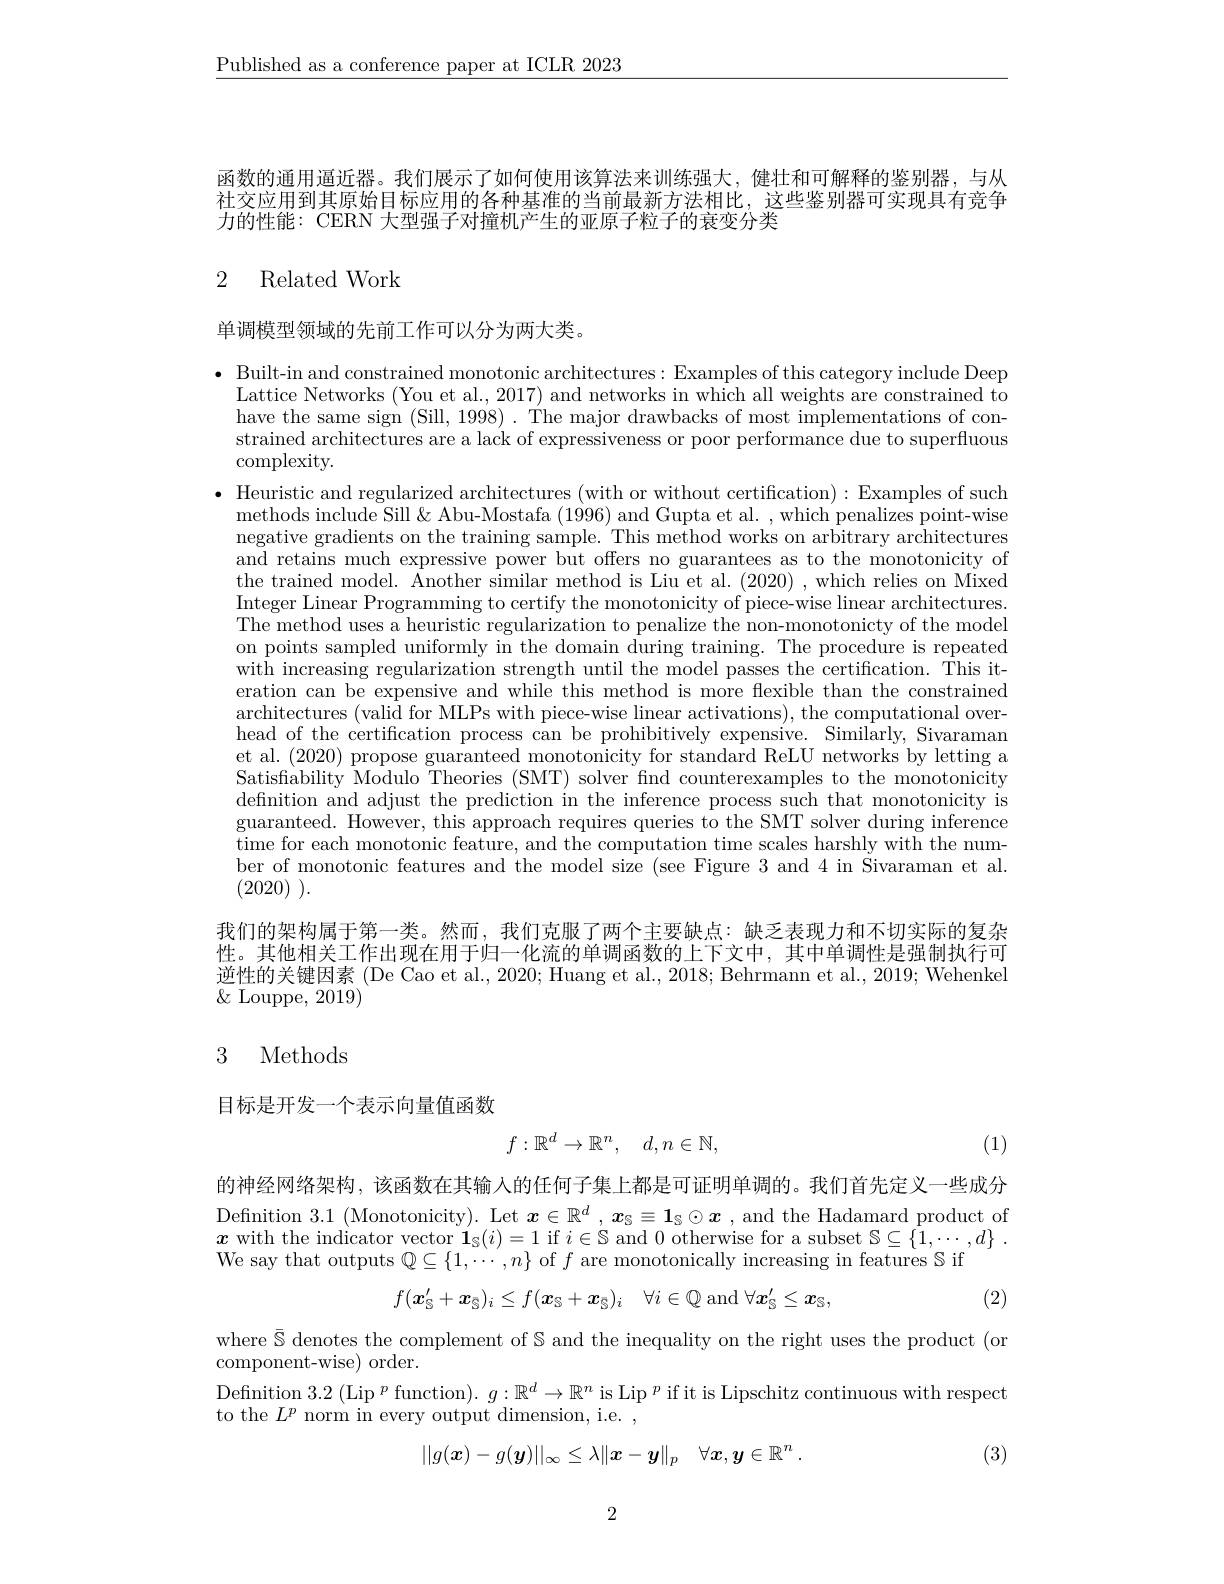
$\underline{\text{Published as a conference paper at ICLR 2023}}$

函数的通用逼近器。我们展示了如何使用该算法来训练强大，健壮和可解释的鉴别器，与从社交应用到其原始目标应用的各种基准的当前最新方法相比，这些鉴别器可实现具有竞争力的性能：CERN 大型强子对撞机产生的亚原子粒子的衰变分类

### 2 Related Work

单调模型领域的先前工作可以分为两大类。

$\bullet$ Built-in and constrained monotonic architectures: Examples of this category include Deep
Lattice Networks (You et al., 2017) and networks in which all weights are constrained to have the same sign (Sill, 1998). The major drawbacks of most implementations of constrained architectures are a lack of expressiveness or poor performance due to superfluous $\operatorname{complexity}.$
· Heuristic and regularized architectures (with or without certification): Examples of such
methods include Sill& Abu-Mostafa (1996) and Gupta et al. , which penalizes point-wise negative gradients on the training sample. This method works on arbitrary architectures and retains much expressive power but offers no guarantees as to the monotonicity of the trained model. Another similar method is Liu et al. (2020) ,which relies on Mixed Integer Linear Programming to certify the monotonicity of piece-wise linear architectures. The method uses a heuristic regularization to penalize the non-monotonicty of the model on points sampled uniformly in the domain during training. The procedure is repeated with increasing regularization strength until the model passes the certification. This iteration can be expensive and while this method is more flexible than the constrained architectures (valid for MLPs with piece-wise linear activations), the computational overhead of the certification process can be prohibitively expensive. Similarly, Sivaraman et al. (2020) propose guaranteed monotonicity for standard ReLU networks by letting a Satisfability Modulo Theories (SMT) solver find counterexamples to the monotonicity defnition and adjust the prediction in the inference process such that monotonicity is guaranteed. However, this approach requires queries to the SMT solver during inference time for each monotonic feature, and the computation time scales harshly with the number of monotonic features and the model size (see Figure 3 and 4 in Sivaraman et al. (2020) ).

我们的架构属于第一类。然而，我们克服了两个主要缺点：缺乏表现力和不切实际的复杂性。其他相关工作出现在用于归一化流的单调函数的上下文中，其中单调性是强制执行可逆性的关键因素 (De Cao et al., 2020; Huang et al., 2018; Behrmann et al., 2019; Wehenkel $\&$ Louppe, 2019)

## 3 Methods

目标是开发一个表示向量值函数
$$f:\mathbb{R}^d\to\mathbb{R}^n,\quad d,n\in\mathbb{N},$$
(1)

的神经网络架构，该函数在其输入的任何子集上都是可证明单调的。我们首先定义一些成分Definition 3.1 (Monotonicity). Let $\boldsymbol x\in\mathbb{R}^d$ , $\boldsymbol x_\mathrm{S}\equiv1_\mathrm{S}\odot\boldsymbol{x}$ , and the Hadamard product of $x$ with the indicator vector $\mathbf{1}_\mathbb{S}(i)=1$ if $i\in\mathbb{S}$ and 0 otherwise for a subset $\mathbb{S}\subseteq\{1,\cdots,d\}.$ We say that outputs $\mathbb{Q}\subseteq\{1,\cdots,n\}$ of $f$ are monotonically increasing in features S if
(2)
$$f(\boldsymbol{x}_{\mathbb{S}}'+\boldsymbol{x}_{\bar{\mathbb{S}}})_i\leq f(\boldsymbol{x}_{\mathbb{S}}+\boldsymbol{x}_{\bar{\mathbb{S}}})_i\quad\forall i\in\mathbb{Q}\mathrm{~and~}\forall\boldsymbol{x}_{\mathbb{S}}'\leq\boldsymbol{x}_{\mathbb{S}},$$
where $\bar{\mathbb{S}}$ denotes the complement of $\mathbb{S}$ and the inequality on the right uses the product (or
component-wise) order.
$\begin{aligned}\text{Definition 3.2 (Lip }^{p}\text{ function). }g:\mathbb{R}^{d}\to\mathbb{R}^{n}\text{ is Lip }^{p}\text{ if it is Lipschitz continuous with respect}\end{aligned}$
to the $L^p$ norm in every output dimension, i.e. ,
$$||g(\boldsymbol{x})-g(\boldsymbol{y})||_\infty\leq\lambda\|\boldsymbol{x}-\boldsymbol{y}\|_p\quad\forall\boldsymbol{x},\boldsymbol{y}\in\mathbb{R}^n.$$
(3)

2